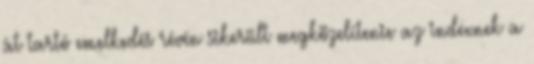
át tartó emelkedés révén sikerült megközelítenie az indexnek a